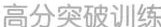
高分突破训练